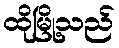
ထိုမြို့သည်